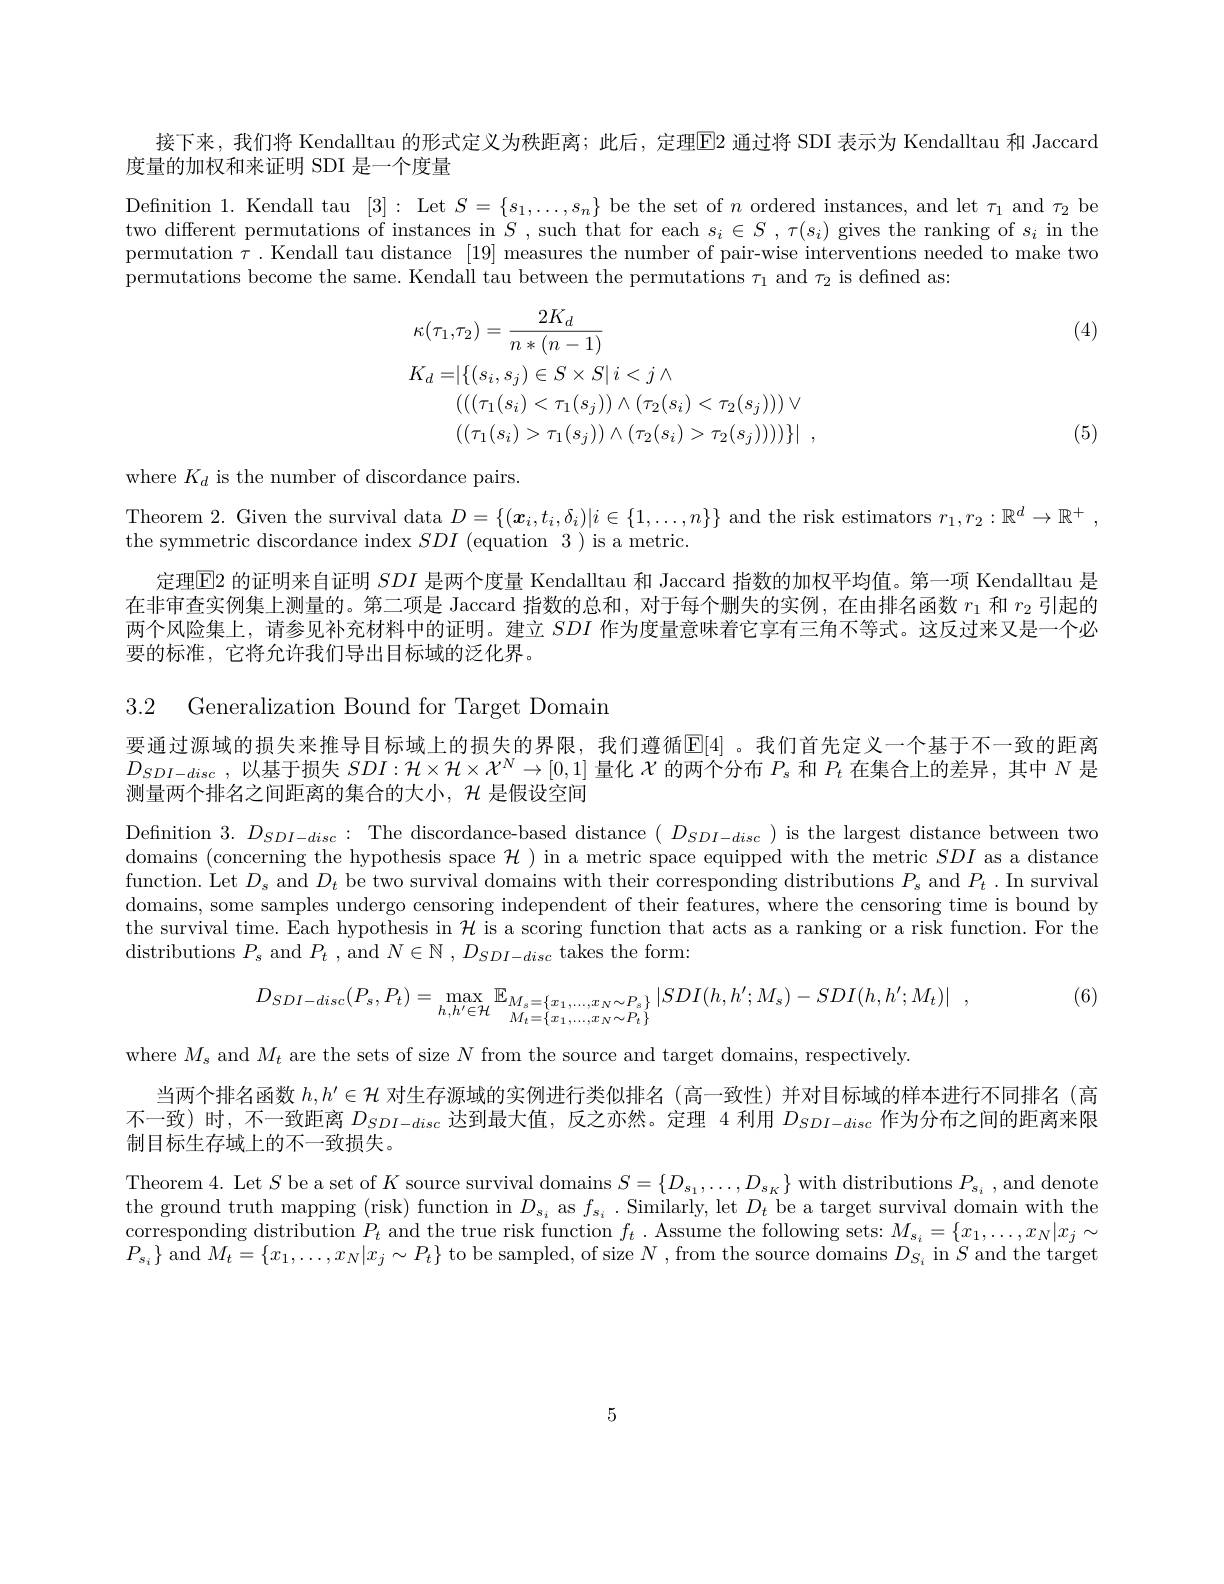
接下来，我们将 Kendalltau 的形式定义为秩距离；此后，定理$\boxed{\mathrm{E}}2$ 通过将 SDI 表示为 Kendalltau 和 Jaccard

度量的加权和来证明 SDI 是一个度量

Definition 1. Kendall tau [3]: Let $S=\{s_1,\ldots,s_n\}$ be the set of $n$ ordered instances, and let $\tau_1$ and $\tau_2$ be two different permutations of instances in $S$ , such that for each $s_i\in S$ , $\tau(s_i)$ gives the ranking of $s_i$ in the permutation $\tau.$ Kendall tau distance [19] measures the number of pair-wise interventions needed to make two permutations become the same. Kendall tau between the permutations $\tau_1$ and $\tau_2$ is defined as:

(4)
$$\begin{aligned}&\kappa(\tau_{1},\tau_{2})=\frac{2K_{d}}{n*(n-1)}\\&K_{d}=|\{(s_{i},s_{j})\in S\times S|\:i<j\wedge\\&(((\tau_{1}(s_{i})<\tau_{1}(s_{j}))\wedge(\tau_{2}(s_{i})<\tau_{2}(s_{j})))\vee\\&((\tau_{1}(s_{i})>\tau_{1}(s_{j}))\wedge(\tau_{2}(s_{i})>\tau_{2}(s_{j}))))\}|\:,\end{aligned}$$
(5)

where $K_d$ is the number of discordance pairs

Theorem 2. Given the survival data $D=\{(\boldsymbol{x}_i,t_i,\delta_i)|i\in\{1,\ldots,n\}\}$ and the risk estimators $r_1,r_2:\mathbb{R}^d\to\mathbb{R}^+$,

the symmetric discordance index $SDI$ (equation 3) is a metric.

定理$\boxed{\mathrm{E}}2$的证明来自证明$SDI$是两个度量 Kendalltau 和 Jaccard 指数的加权平均值。第一项 Kendalltau 是在非审查实例集上测量的。第二项是 Jaccard 指数的总和，对于每个删失的实例，在由排名函数$r_1$和$r_2$引起的两个风险集上，请参见补充材料中的证明。建立$SDI$作为度量意味着它享有三角不等式。这反过来又是一个必要的标准，它将允许我们导出目标域的泛化界。

3.2 Generalization Bound for Target Domain

要通过源域的损失来推导目标域上的损失的界限，我们遵循$\mathbb{E}[4]$ 。我们首先定义一个基于不一致的距离$D_{SDI-disc}$,以基于损失$SDI:\mathcal{H}\times\mathcal{H}\times\mathcal{X}^N\to[0,1]$量化$\mathcal{X}$的两个分布$P_s$和$P_t$在集合上的差异，其中$N$是测量两个排名之间距离的集合的大小，$\mathcal{H}$是假设空间

Definition $3.D_{SDI-disc}:$The discordance-based distance $(D_{SDI-disc})$ is the largest distance between two domains (concerning the hypothesis space $\mathcal{H})$ in a metric space equipped with the metric $SDI$ as a distance function. Let $D_s$ and $D_t$ be two survival domains with their corresponding distributions $P_s$ and $P_t.$In survival domains, some samples undergo censoring independent of their features, where the censoring time is bound by the survival time. Each hypothesis in $\mathcal{H}$ is a scoring function that acts as a ranking or a risk function. For the ${\mathrm{distributions~}}P_{s}{\mathrm{~and~}}P_{t}{\mathrm{~, ~and~}}N\in \mathbb{N} , D_{SDI- disc}{\mathrm{~takes~the~form}}$

(6)

,
$$D_{SDI-disc}(P_{s},P_{t})=\max_{{h,h'\in\mathcal H}}\mathbb{E}_{{M_{s}=\{x_{1},\ldots,x_{N}\sim P_{s}\}}}|SDI(h,h';M_{s})-SDI(h,h';M_{t})|\:,$$
where $M_s$ and $M_t$ are the sets of size $N$ from the source and target domains, respectively.
当两个排名函数$h,h^{\prime}\in\mathcal{H}$对生存源域的实例进行类似排名(高一致性)并对目标域的样本进行不同排名(高不一致) 时，不一致距离$D_{SDI-disc}$达到最大值，反之亦然。定理 4 利用$D_{SDI-disc}$作为分布之间的距离来限制目标生存域上的不一致损失。

Theorem 4. Let $S$ be a set of $K$ source survival domains $S=\{D_{s_1},\ldots,D_{s_K}\}$ with distributions $P_{s_i}$, and denote the ground truth mapping (risk) function in $D_{s_i}$ as $f_{s_i}$ .Similarly, let $D_t$ be a target survival domain with the corresponding distribution $P_t$ and the true risk function $f_t$ .Assume the following sets: $M_{s_i}=\{x_1,\ldots,x_N|x_j\sim$ $P_{s_i}\}$ and $M_t=\{x_1,\ldots,x_N|x_j\sim P_t\}$ to be sampled, of size $N$ , from the source domains $D_S_i$ in $S$ and the target

5